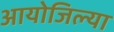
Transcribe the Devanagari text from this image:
आयोजिल्या